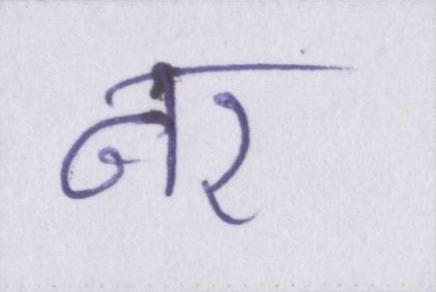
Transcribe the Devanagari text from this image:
नर